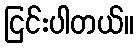
ငြင်းပါတယ်။